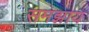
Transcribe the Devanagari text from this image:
समझाय